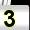
Digit: 3